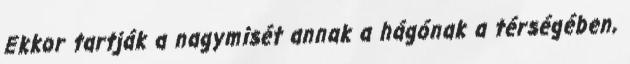
Ekkor tartják a nagymisét annak a hágónak a térségében,